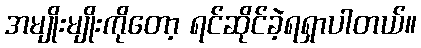
အမျိုးမျိုးကိုတော့ ရင်ဆိုင်ခဲ့ရရှာပါတယ်။